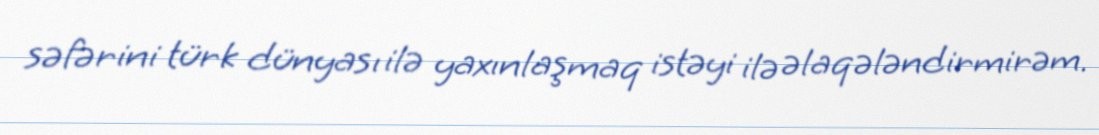
səfərini türk dünyası ilə yaxınlaşmaq istəyi ilə əlaqələndirmirəm.